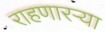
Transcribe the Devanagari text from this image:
राहणारऱ्या